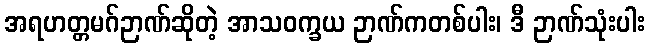
အရဟတ္တမဂ်ဉာဏ်ဆိုတဲ့ အာသဝက္ခယ ဉာဏ်ကတစ်ပါး၊ ဒီ ဉာဏ်သုံးပါး